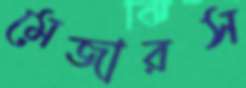
মেজারস